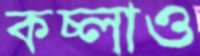
কচ্‌লাও